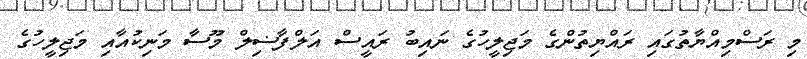
މި ރަސްމިއްޔާތުގައި ރައްޔިތުންގެ މަޖިލީހުގެ ނައިބު ރައީސް އަލްފާޟިލް މޫސާ މަނިކުއާއި މަޖިލީހުގެ